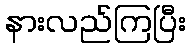
နားလည်ကြပြီး